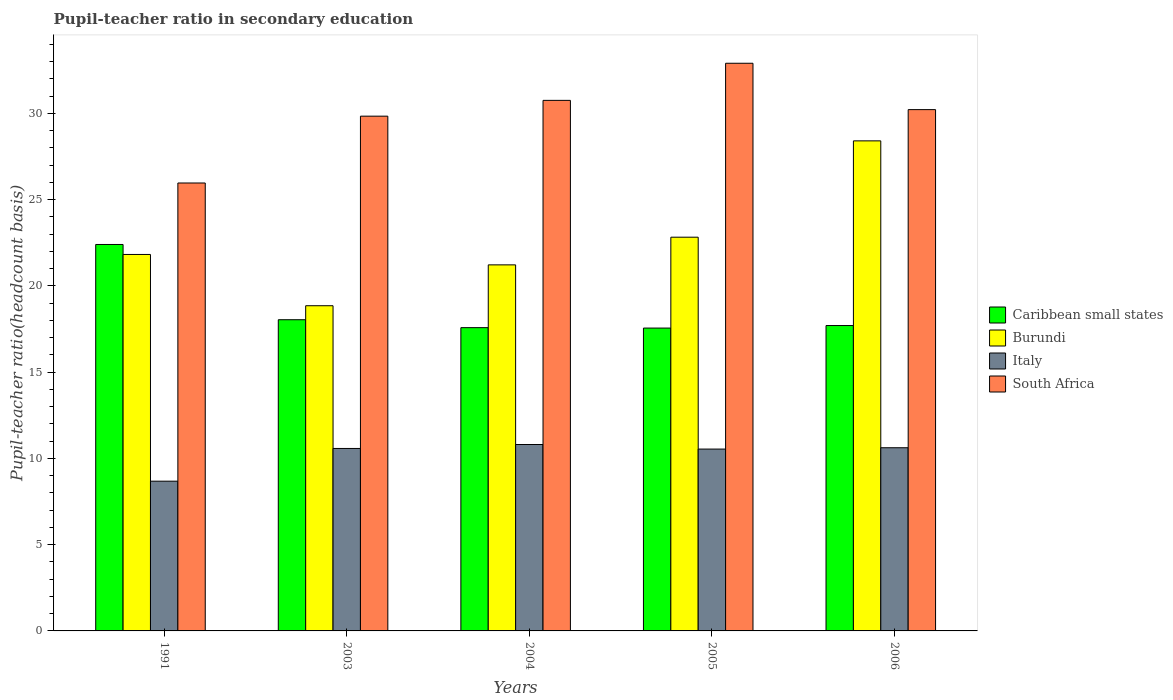
| Years | Caribbean small states | Burundi | Italy | South Africa |
 | --- | --- | --- | --- | --- |
 | 1991 | 22.4 | 21.8 | 8.68 | 26 |
 | 2003 | 18 | 18.8 | 10.6 | 29.8 |
 | 2004 | 17.6 | 21.2 | 10.8 | 30.8 |
 | 2005 | 17.6 | 22.8 | 10.5 | 32.9 |
 | 2006 | 17.7 | 28.4 | 10.6 | 30.2 |